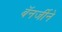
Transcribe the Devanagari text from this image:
बॅनर्जीने